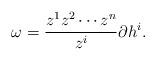
LaTeX: \begin{align*}\omega = \frac{z^1z^2\cdots z^n}{z^i} \partial h^i.\end{align*}